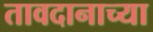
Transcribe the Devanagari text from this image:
तावदानाच्या